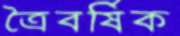
ত্রৈবর্ষিক